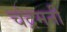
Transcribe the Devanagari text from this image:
चंद्रमनी